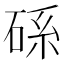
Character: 𥒶